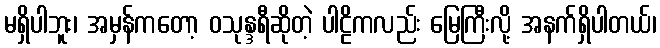
မရှိပါဘူး၊ အမှန်ကတော့ ဝသုန္ဒရီဆိုတဲ့ ပါဠိကလည်း မြေကြီးလို့ အနက်ရှိပါတယ်၊